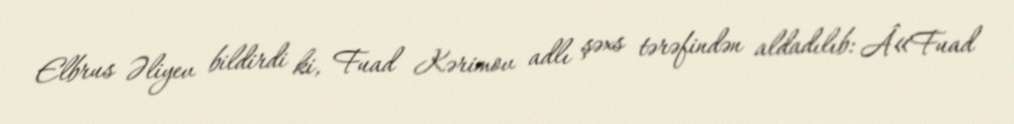
Elbrus Əliyev bildirdi ki, Fuad Kərimov adlı şəxs tərəfindən aldadılıb: Â«Fuad